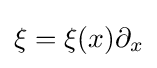
\xi =\xi (x)\partial _{x}